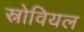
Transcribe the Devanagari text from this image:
स्नोवियल